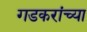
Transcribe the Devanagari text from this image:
गडकरांच्या